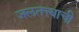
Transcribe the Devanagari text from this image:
जलतत्त्वाची